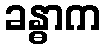
ခန္ဓာက